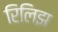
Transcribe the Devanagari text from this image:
रिलिझ